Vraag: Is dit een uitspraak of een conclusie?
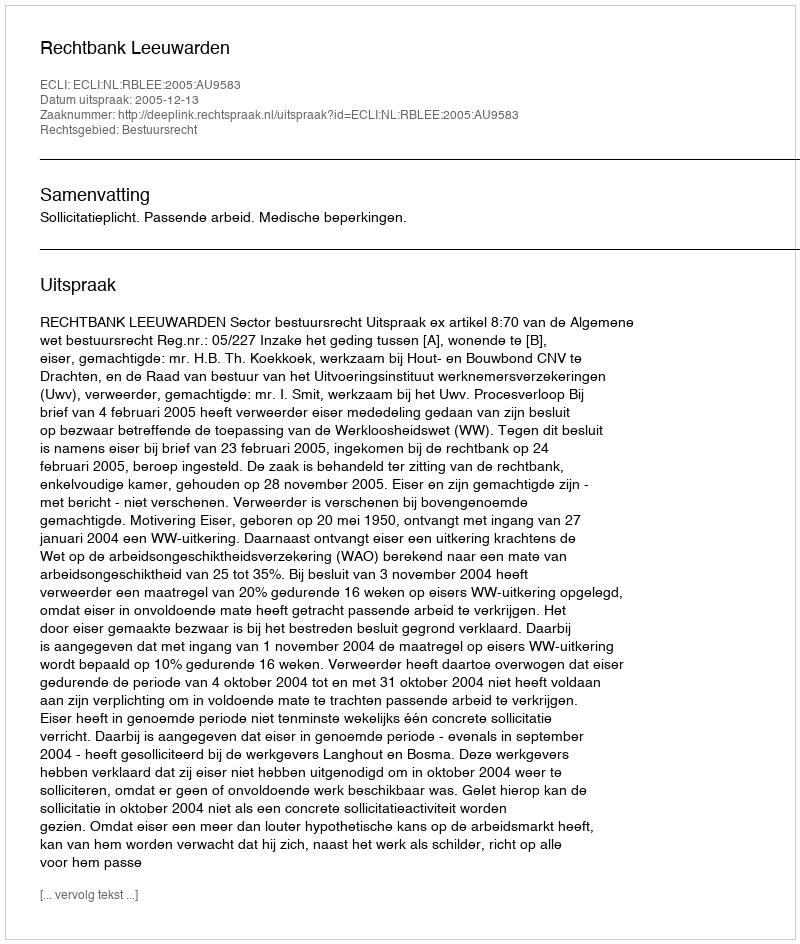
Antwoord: Uitspraak